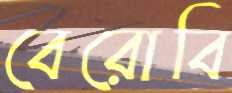
বেরোবি